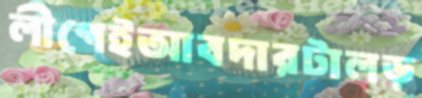
লীগেইআবদারটালড়